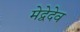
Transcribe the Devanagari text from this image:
मेद्वेदेव